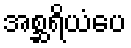
အစ္ဆရိယံပေ